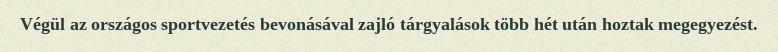
Végül az országos sportvezetés bevonásával zajló tárgyalások több hét után hoztak megegyezést.